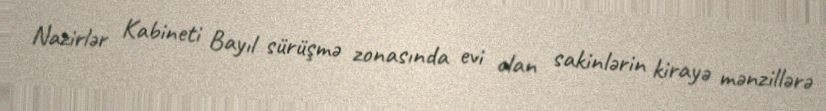
Nazirlər Kabineti Bayıl sürüşmə zonasında evi olan sakinlərin kirayə mənzillərə